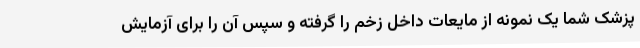
پزشک شما یک نمونه از مایعات داخل زخم را گرفته و سپس آن را برای آزمایش